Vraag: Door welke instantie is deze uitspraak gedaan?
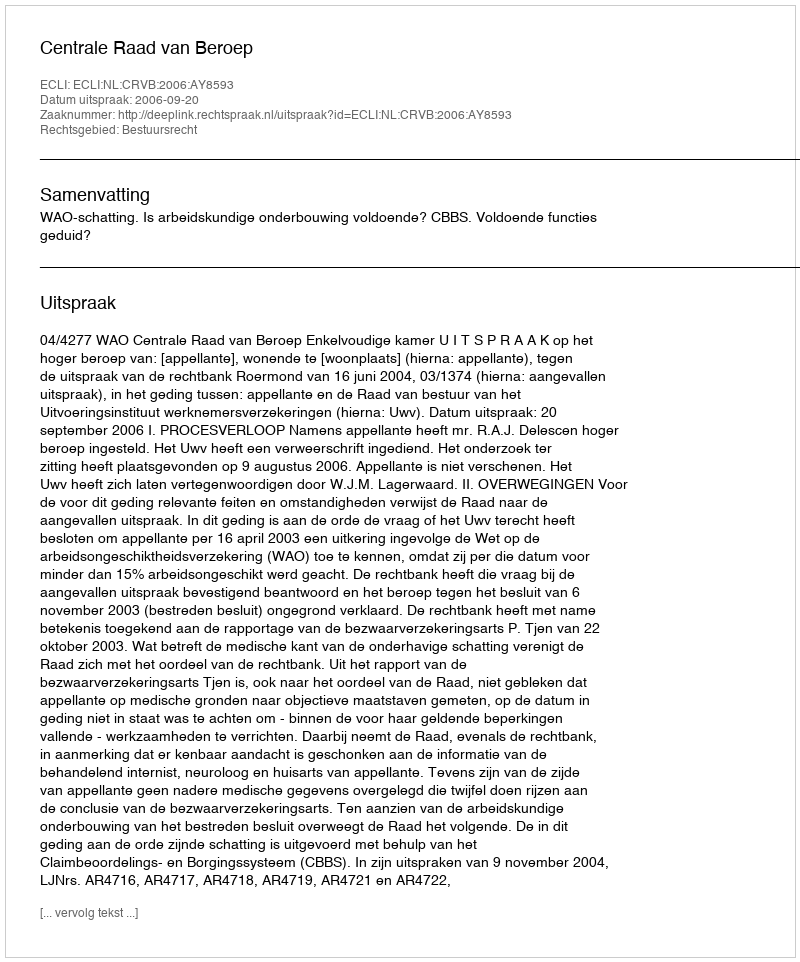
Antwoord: Centrale Raad van Beroep